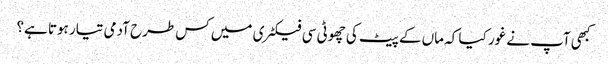
کبھی آپ نے غور کیا کہ ماں کے پیٹ کی چھوٹی سی فیکٹری میں کس طرح آدمی تیار ہوتا ہے؟